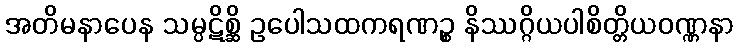
အတိမနာပေန သမ္ပဋိစ္ဆိ ဥပေါသထကရဏဉ္စ နိဿဂ္ဂိယပါစိတ္တိယဝဏ္ဏနာ